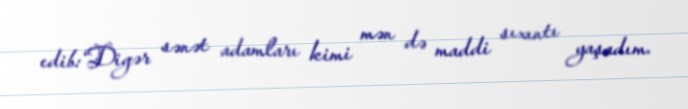
edib:“Digər sənət adamları kimi mən də maddi sıxıntı yaşadım.